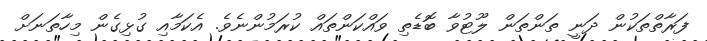
ފަރާތްތަކުން ދަނީ ތަންތަން ލޫޓުވާ ބޮޑެތި ވައްކަންތައް ކުރަމުންނެވެ. އެކަމާއި ގުޅިގެން މިހާތަނަށް